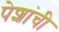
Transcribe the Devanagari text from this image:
पेशांची